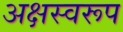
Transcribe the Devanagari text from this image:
अक्षस्वरूप